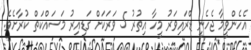
އެހެންވީމާ ޖެހެނީ ޑްރަައިވަރު މީހާ އިތުރު 5 ވަރަކަށް ގަޑިއިރު މަސައްކަތް ކުރާށެވެ.